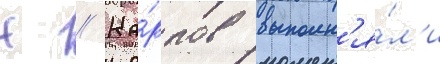
Н // Ка́рпов выполн'я́л'и